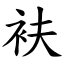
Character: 衭